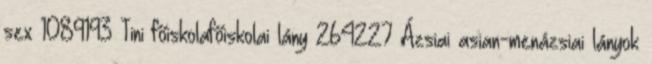
sex 1089193 Tini főiskolafőiskolai lány 264227 Ázsiai asian-menázsiai lányok